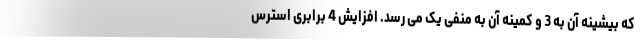
که بیشینه آن به 3 و کمینه آن به منفی یک می رسد. افزایش 4 برابری استرس